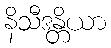
နိသီဒန္တိယာ